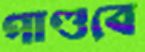
পাণ্ডবে